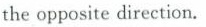
the opposite direction.